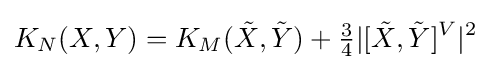
K_{N}(X,Y)=K_{M}({\tilde {X}},{\tilde {Y}})+{\tfrac {3}{4}}|[{\tilde {X}},{\tilde {Y}}]^{V}|^{2}